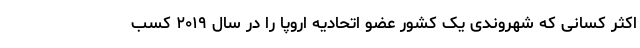
اکثر کسانی که شهروندی یک کشور عضو اتحادیه اروپا را در سال ۲۰۱۹ کسب